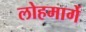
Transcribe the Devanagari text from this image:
लोहमार्गे